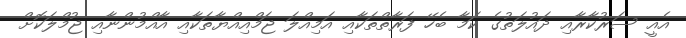
އެއީ ސަރުކާރާއި ދައުލަތުގެ ކަމާ ބެހޭ ފަރާތްތަކާއި އަމިއްލަ ޖަމްއިއްޔާތަކާއި އާއްމުންނާއި ޖުމްލަކޮށް